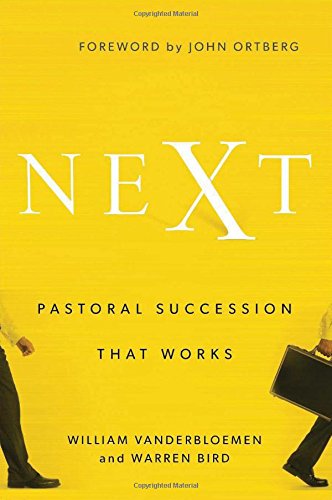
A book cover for Next: Pastoral Succession That Works; William Vanderbloemen; Christian Books & Bibles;